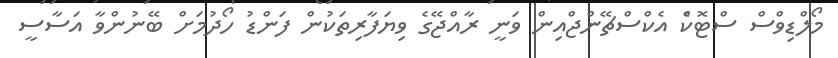
މޯލްޑިވްސް ސްޓޮކްެ އެކްސްޗޭންޖްއިން ވަނީ ރާއްޖޭގެ ވިޔަފާރިތަކުން ފަންޑު ހޯދުމަށް ބޭނުންވާ އަސާސީ